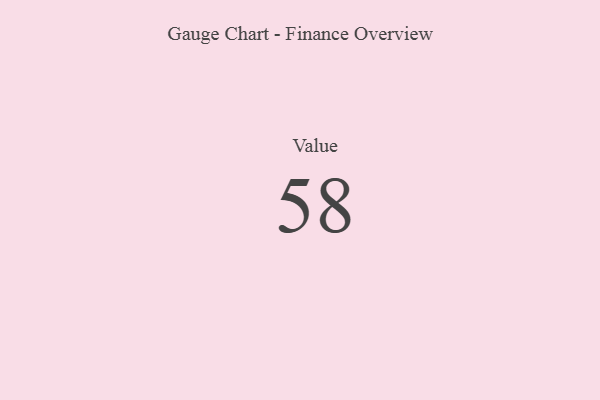
{"axis": {"x": "Metric", "y": "Value"}, "legend": [""], "data": [{"x": "Value", "y": 58, "type": ""}]}